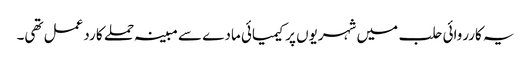
یہ کارروائی حلب میں شہریوں پر کیمیائی مادے سے مبینہ حملے کا ردعمل تھی۔